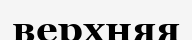
верхняя